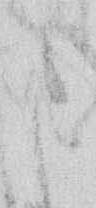
ま